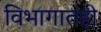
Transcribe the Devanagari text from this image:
विभागातही